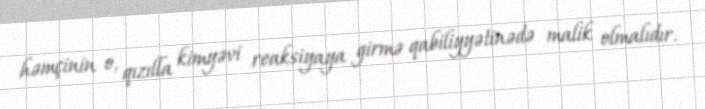
həmçinin o, qızılla kimyəvi reaksiyaya girmə qabiliyyətinədə malik olmalıdır.